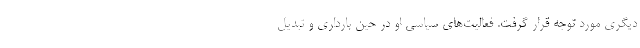
دیگری مورد توجه قرار گرفت. فعالیت‌های سیاسی او در حین بارداری و تبدیل